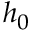
h _ { 0 }